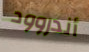
أندروود